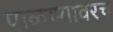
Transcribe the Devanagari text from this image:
पाळण्यावरच